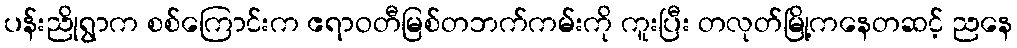
ပန်းညိုရွာက စစ်ကြောင်းက ဧရာဝတီမြစ်တဘက်ကမ်းကို ကူးပြီး တလုတ်မြို့ကနေတဆင့် ညနေ